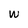
Character: W